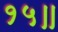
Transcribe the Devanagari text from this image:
१५॥